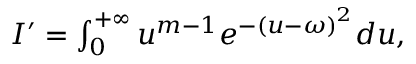
\begin{array} { r } { I ^ { \prime } = \int _ { 0 } ^ { + \infty } u ^ { m - 1 } e ^ { - \left( u - \omega \right) ^ { 2 } } d u , } \end{array}